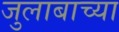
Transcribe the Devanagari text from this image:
जुलाबाच्या